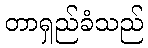
တာရှည်ခံသည်